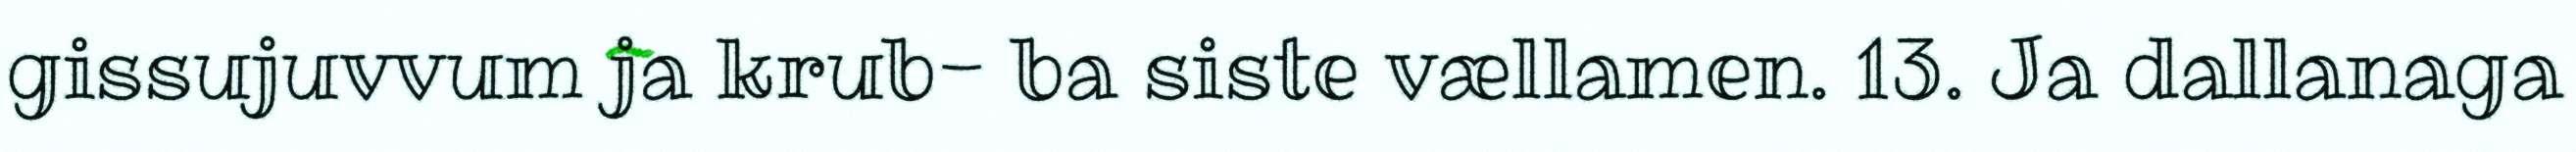
gissujuvvum ja krub- ba siste vællamen. 13. Ja dallanaga